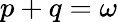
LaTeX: p+q=\omega